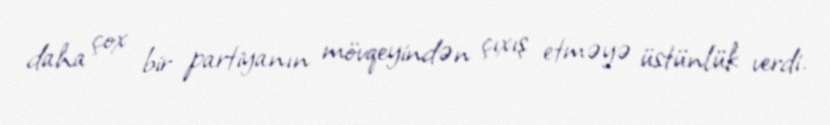
daha çox bir partiyanın mövqeyindən çıxış etməyə üstünlük verdi.